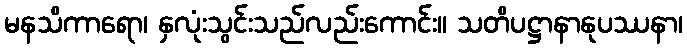
မနသိကာရော၊ နှလုံးသွင်းသည်လည်းကောင်း။ သတိပဋ္ဌာနာနုပဿနာ၊